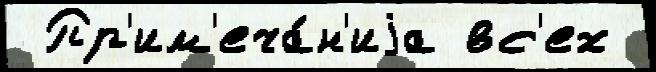
 Пр'им'еча́н'иjа вс'ех